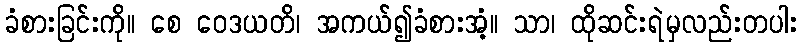
ခံစားခြင်းကို။ စေ ဝေဒယတိ၊ အကယ်၍ခံစားအံ့။ သာ၊ ထိုဆင်းရဲမှလည်းတပါး